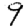
Digit: 9